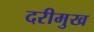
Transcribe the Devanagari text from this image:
दरीमुख